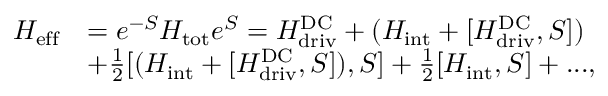
\begin{array} { r l } { H _ { \mathrm { e f f } } } & { = { e ^ { - S } } H _ { \mathrm { t o t } } { e ^ { S } } = H _ { \mathrm { d r i v } } ^ { \mathrm { D C } } + ( H _ { \mathrm { i n t } } + [ H _ { \mathrm { d r i v } } ^ { \mathrm { D C } } , S ] ) } \\ & { + \frac { 1 } { 2 } [ ( H _ { \mathrm { i n t } } + [ H _ { \mathrm { d r i v } } ^ { \mathrm { D C } } , S ] ) , S ] + \frac { 1 } { 2 } [ H _ { \mathrm { i n t } } , S ] + . . . , } \end{array}